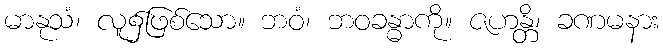
မာနုသံ၊ လူ၌ဖြစ်သော။ ဘဝံ၊ ဘဝခန္ဓာကို။ ဇဟန္တိ၊ ခဏမနား